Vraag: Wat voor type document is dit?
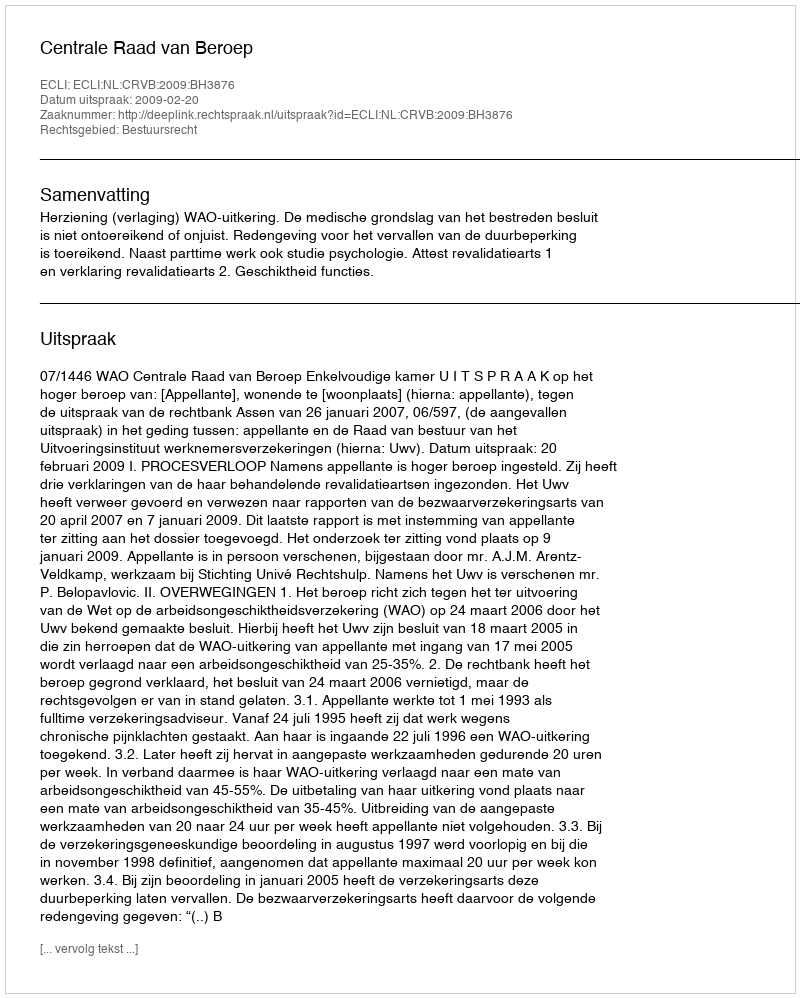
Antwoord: Uitspraak